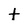
Character: t